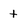
Character: t